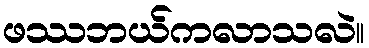
ဖဿဘယ်ကလာသလဲ။